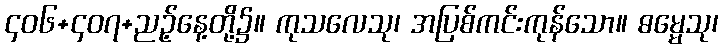
၄၀၆+၄၀၇+ညဉ့်နေ့တို့၌။ ကုသလေသု၊ အပြစ်ကင်းကုန်သော။ ဓမ္မေသု၊